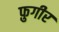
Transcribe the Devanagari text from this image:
फ़ुगीर